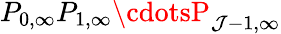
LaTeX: P_{0,\infty}P_{1,\infty}\cdotsP_{\mathcal{J}-1,\infty}